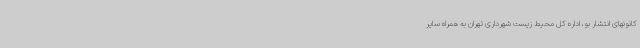
کانونهای انتشار بو، اداره کل محیط زیست شهرداری تهران به همراه سایر